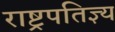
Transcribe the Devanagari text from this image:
राष्ट्रपतिज्ञ्य